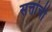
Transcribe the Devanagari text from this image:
सत्तांची